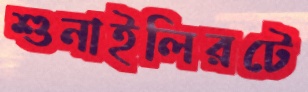
শুনাইলিরটে